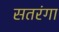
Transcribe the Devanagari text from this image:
सतरंगा